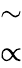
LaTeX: \begin{array}{l}{\sim}\\ {\propto}\end{array}